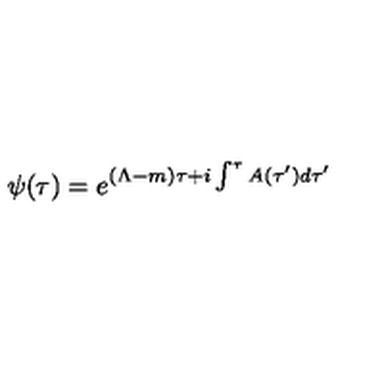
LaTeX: \psi ( \tau ) = e ^ { ( \Lambda - m ) \tau + i \int ^ { \tau } A ( \tau ^ { \prime } ) d \tau ^ { \prime } }